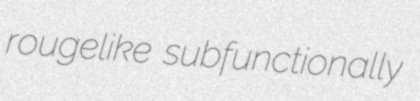
rougelike subfunctionally